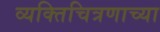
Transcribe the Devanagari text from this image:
व्यक्तिचित्रणाच्या